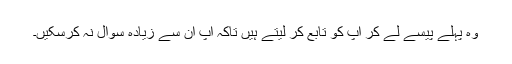
وہ پہلے پیسے لے کر آپ کو تابع کر لیتے ہیں تاکہ آپ ان سے زیادہ سوال نہ کرسکیں۔